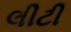
લીટી